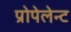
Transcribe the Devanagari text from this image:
प्रोपेलेन्ट